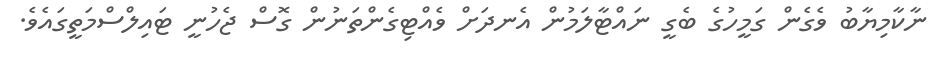
ނާކާމިޔާބު ވެގެން ގަމީހުގެ ބެގީ ނައްޓާލަމުން އެނދަށް ވެއްޓިގެންތަނުން ގޮސް ޖެހުނީ ޓައިލްސްމަތީގައެވެ.